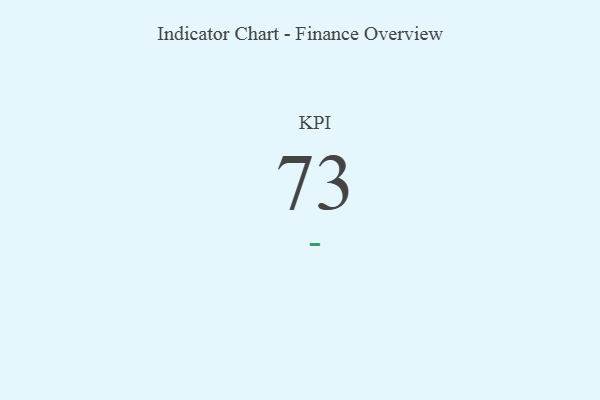
{"axis": {"x": "KPI", "y": "Value"}, "legend": [""], "data": [{"x": "KPI", "y": 73, "type": ""}]}